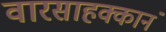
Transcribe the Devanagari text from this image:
वारसाहक्कानं